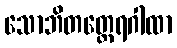
သောဘိတတ္ထေရဂါထာ